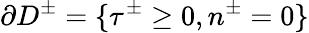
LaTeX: \partial D^{\pm}=\{ \tau^{\pm}\geq 0,n^{\pm}=0\}